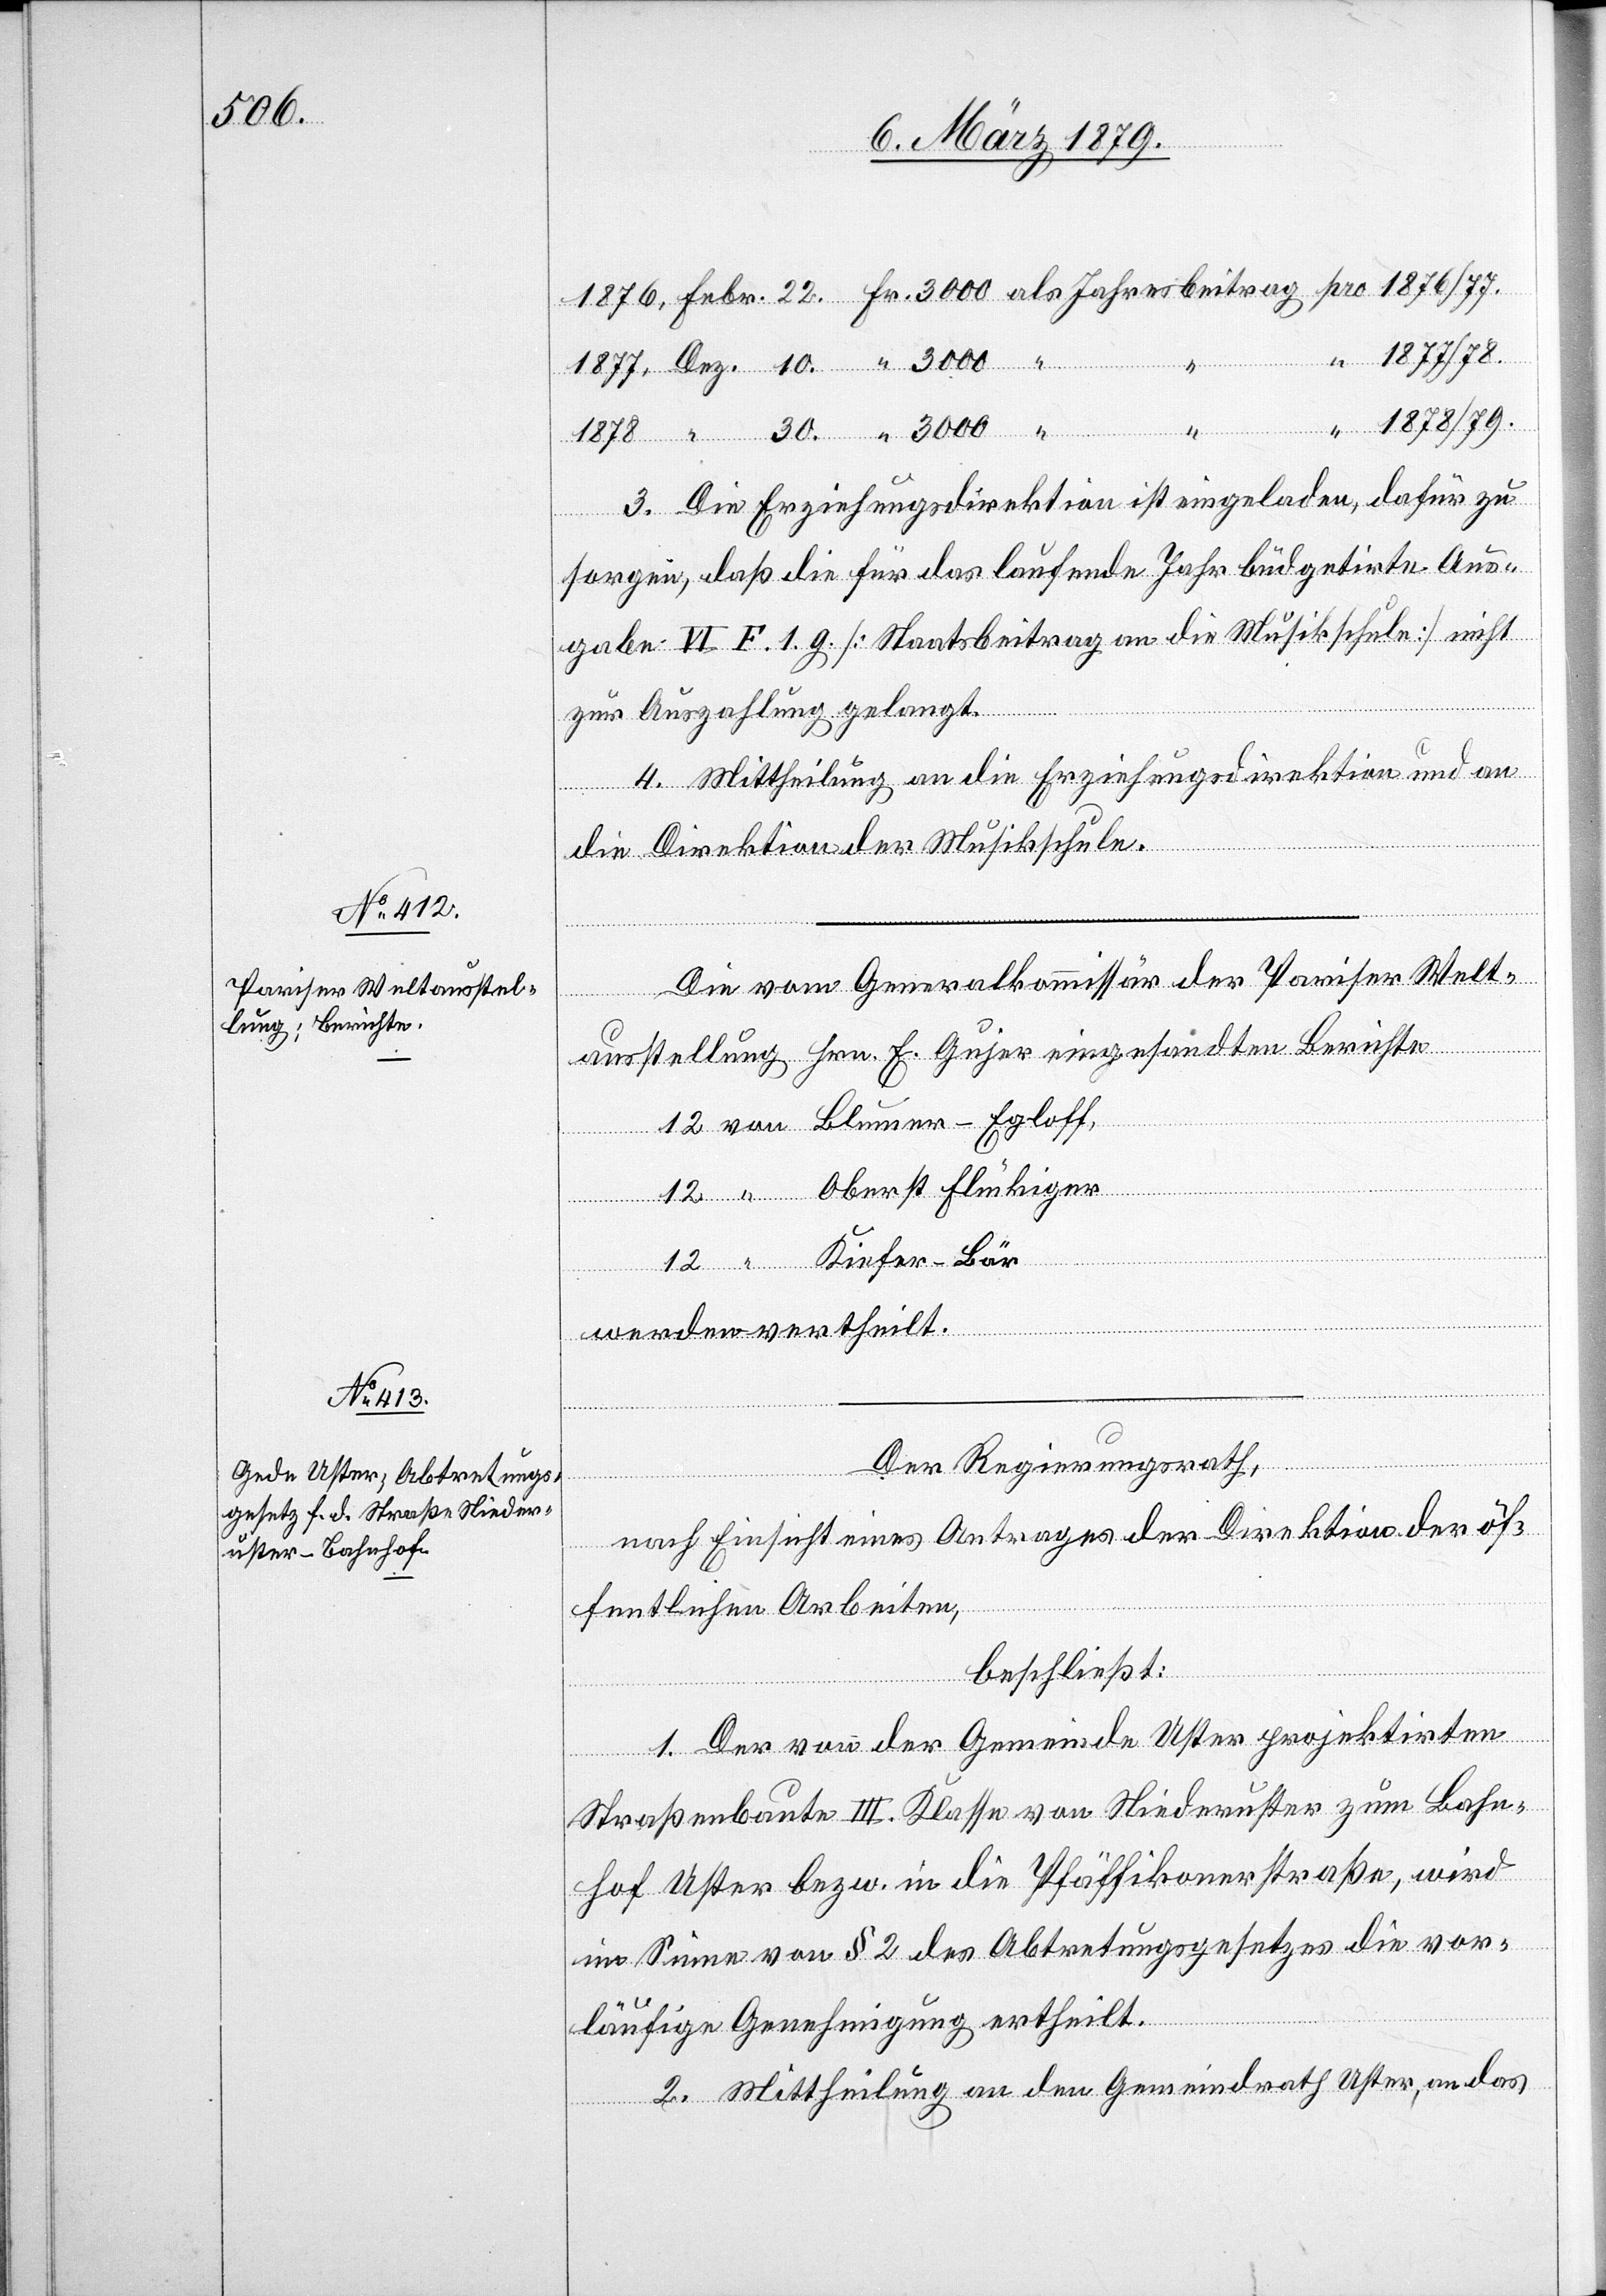
30.

“ 1877/78.
Dez.
1878/79.
3. Die Erziehungsdirektion ist eingeladen, dafür zu
sorgen, daß die für das laufende Jahr büdgetirte Aus¬
gabe VI F. 1. g. [Staatsbeitrag an die Musikschule] nicht
zur Auszahlung gelangt.
4. Mittheilung an die Erziehungsdirektion und an
Fr.
die Direktion der Musikschule.
Die vom Generalkommissär der Pariser Welt¬
als Jahresbeitrag
ausstellung Hrn. E. Gujer eingesandten Berichte
12 von Blumer-Egloff,
12 “ Oberst Flückiger
12 “ Kiefer-Bär
werden vertheilt.
Der Regierungsrath,
nach Einsicht eines Antrages der Direktion der öf¬
fentlichen Arbeiten,
beschließt:
1. Der von der Gemeinde Uster projektirten
Straßenbaute III. Klasse von Niederuster zum Bahn¬
hof Uster bezw. in die Pfäffikonerstraße, wird
im Sinne von § 2 des Abtretungsgesetzes die vor¬
läufige Genehmigung ertheilt.
2. Mittheilung an den Gemeindrath Uster, an das